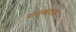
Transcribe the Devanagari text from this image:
यमकराज